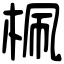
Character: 𣑲